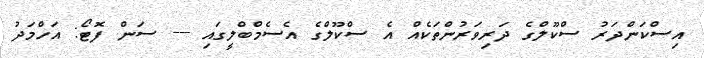
އިސްކަންދަރު ސްކޫލްގެ ދަރިވަރުންތަކެއް އެ ސްކޫލްގެ އެސެމްބްލީގައި --- ސަން ފޮޓޯ: އަހްމަދު